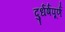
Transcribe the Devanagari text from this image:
दुर्धर्षपूर्ण